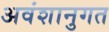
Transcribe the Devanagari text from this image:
अवंशानुगत